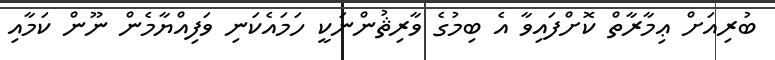
ބުރިއަށް ޢިމާރާތް ކޮށްފައިވާ އެ ބިމުގެ ވާރިޘުންނަކީ ހަމައެކަނި ވަފިއްޔާމެން ނޫން ކަމާއި